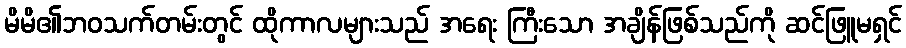
မိမိ၏ဘဝသက်တမ်းတွင် ထိုကာလများသည် အရေး ကြီးသော အချိန်ဖြစ်သည်ကို ဆင်ဖြူမရှင်